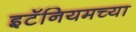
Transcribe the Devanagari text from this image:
इटॅनियमच्या